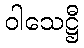
ဝါသေဋ္ဌီ